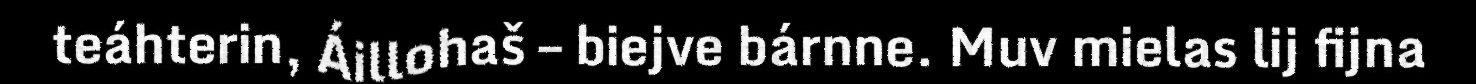
teáhterin, Áillohaš – biejve bárnne. Muv mielas lij fijna